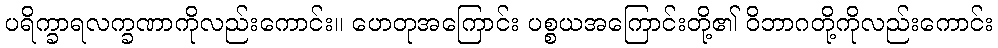
ပရိက္ခာရလက္ခဏာကိုလည်းကောင်း။ ဟေတုအကြောင်း ပစ္စယအကြောင်းတို့၏ ဝိဘာဂတို့ကိုလည်းကောင်း